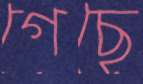
গেছে